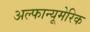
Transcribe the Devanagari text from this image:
अल्फान्यूमेरिक